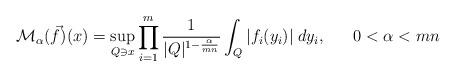
LaTeX: \begin{align*}\mathcal{M}_\alpha(\vec{f})(x)=\sup_{Q\ni x} \prod_{i=1}^m \frac{1}{|Q|^{1-\frac{\alpha}{mn}}} \int_Q |f_i(y_i)| \;dy_i, \quad \ \ 0< \alpha<mn\end{align*}